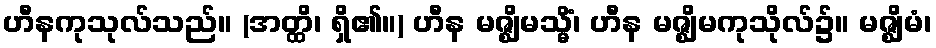
ဟီနကုသုလ်သည်။ (အတ္ထိ၊ ရှိ၏။) ဟီန မဇ္ဈိမသ္မိံ၊ ဟီန မဇ္ဈိမကုသိုလ်၌။ မဇ္ဈိမံ၊